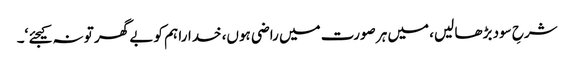
شرحِ سود بڑھا لیں، میں ہر صورت میں راضی ہوں، خدارا ہم کو بے گھر تو نہ کیجئے ‘۔